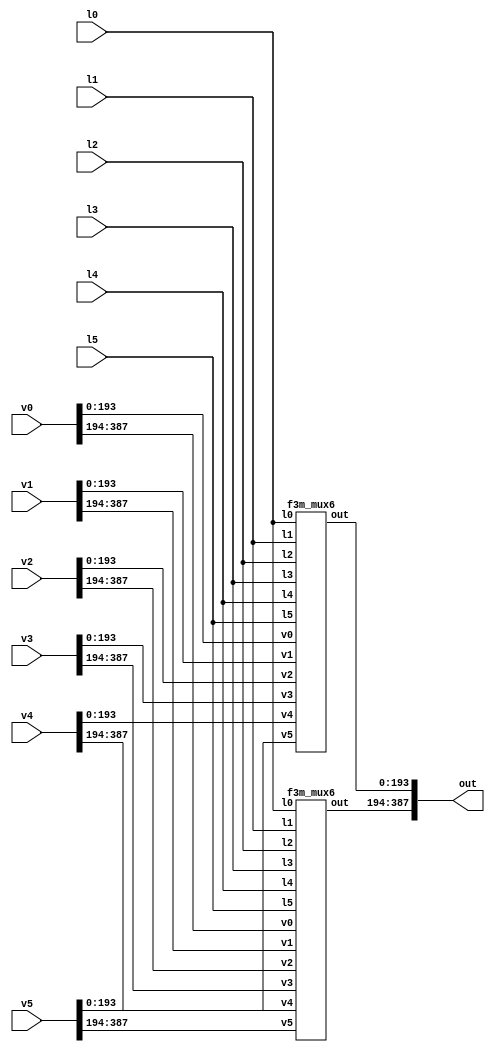
`define M     97          // M is the degree of the irreducible polynomial
`define WIDTH (2*`M-1)    // width for a GF(3^M) element
`define W2    (4*`M-1)    // width for a GF(3^{2*M}) element
`define W3    (6*`M-1)    // width for a GF(3^{3*M}) element
`define W6    (12*`M-1)   // width for a GF(3^{6*M}) element
`define PX    196'h4000000000000000000000000000000000000000001000002 // PX is the irreducible polynomial
`define ZERO {(2*`M){1'b0}}
`define TWO {(2*`M-2){1'b0}},2'b10
`define MOST 2*`M+1:2*`M

module f32m_mux6(v0, v1, v2, v3, v4, v5, l0, l1, l2, l3, l4, l5, out);
    input l0, l1, l2, l3, l4, l5;
    input [`W2:0] v0, v1, v2, v3, v4, v5;
    output [`W2:0] out;
    f3m_mux6
        ins1 (v0[`WIDTH:0], v1[`WIDTH:0], v2[`WIDTH:0], 
              v3[`WIDTH:0], v4[`WIDTH:0], v5[`WIDTH:0], 
              l0, l1, l2, l3, l4, l5,
              out[`WIDTH:0]),
        ins2 (v0[`W2:`WIDTH+1], v1[`W2:`WIDTH+1], v2[`W2:`WIDTH+1], 
              v3[`W2:`WIDTH+1], v4[`W2:`WIDTH+1], v5[`W2:`WIDTH+1], 
              l0, l1, l2, l3, l4, l5,
              out[`W2:`WIDTH+1]);
endmodule

module f3m_mux6(v0, v1, v2, v3, v4, v5, l0, l1, l2, l3, l4, l5, out);
    input l0, l1, l2, l3, l4, l5;
    input [`WIDTH:0] v0, v1, v2, v3, v4, v5;
    output [`WIDTH:0] out;
    genvar i;
    generate
        for(i=0;i<=`WIDTH;i=i+1)
          begin : label
            assign out[i] = (v0[i]&l0)|(v1[i]&l1)|(v2[i]&l2)|(v3[i]&l3)|(v4[i]&l4)|(v5[i]&l5);
          end 
    endgenerate
endmodule